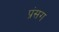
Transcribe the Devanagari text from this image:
प्रंसग